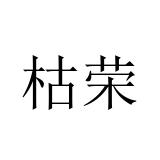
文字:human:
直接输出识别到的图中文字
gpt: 枯荣